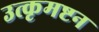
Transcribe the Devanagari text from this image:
उत्कृमष्टन